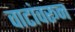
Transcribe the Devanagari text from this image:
वाटांवरून